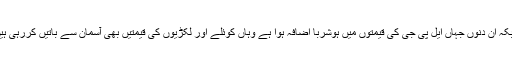
جبکہ ان دنوں جہاں ایل پی جی کی قیمتوں میں ہوشربا اضافہ ہوا ہے وہاں کوئلے اور لکڑیوں کی قیمتیں بھی آسمان سے باتیں کررہی ہیں۔